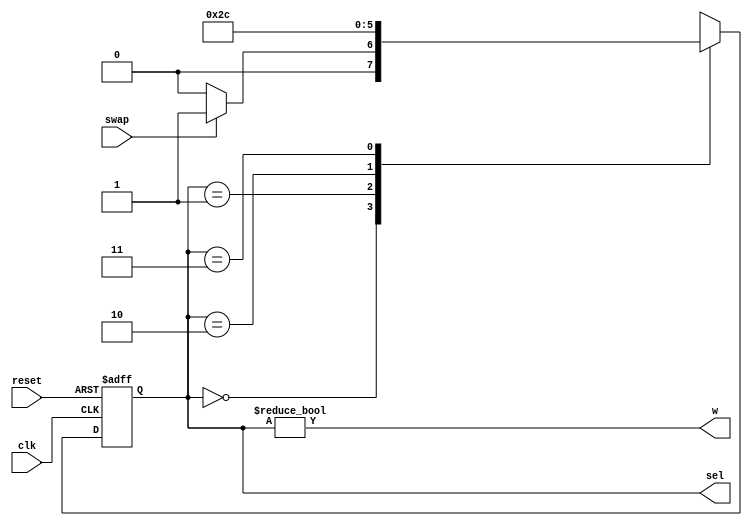
`timescale 1ns / 1ps
//////////////////////////////////////////////////////////////////////////////////
// Company: 
// 
// Design Name: 
// Module Name: swap_FSM
// Project Name: 
// Target Devices: 
// Tool Versions: 
// Description: 
// 
// Dependencies: 
// 
// Revision:
// Revision 0.01 - File Created
// Additional Comments:
// 
//////////////////////////////////////////////////////////////////////////////////


module swap_FSM(
  input clk,
  input reset,swap,
  output w,
  output [1:0] sel
  );
  
  reg [1:0] state_reg ,state_next;
  parameter s0=0;
  parameter s1=1;
  parameter s2=2;
  parameter s3=3;
  //state register
  
  always @(posedge clk , negedge reset)
  begin
          if(~reset)
          state_reg <= s0;
          
          else
          state_reg <= state_next;
  
  end
  //next state 
  always@(*)
  begin
           state_next = state_reg;
                 case(state_next)
                      s0: if(~swap)
                            state_next = s0;
                            else
                            state_next = s1;                       
                      s1: state_next = s2;
                      s2: state_next = s3;
                      s3: state_next = s0;     
                 default: state_next = s0;          
              endcase
  end
  
  //output
  assign sel=  state_reg ;
  assign w = { state_reg != s0};
  
endmodule